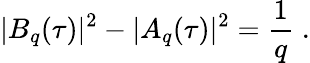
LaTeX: |B_{q}(\tau)|^{2}-|A_{q}(\tau)|^{2}={\frac{1}{q}}\; .